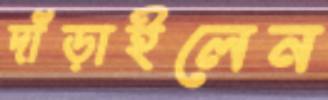
দাঁড়াইলেন